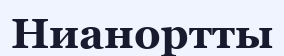
Нианортты